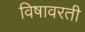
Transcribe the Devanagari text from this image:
विषावरती